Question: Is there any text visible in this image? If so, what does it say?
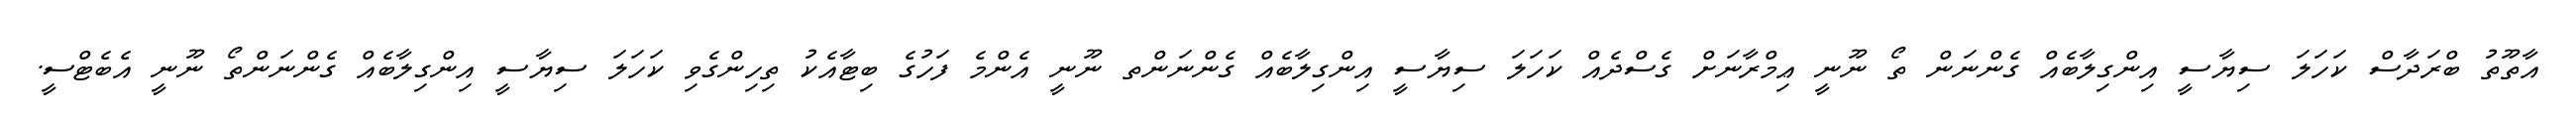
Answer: އާތޫތު ބްރަދާސް ކަހަލަ ސިޔާސީ އިންގިލާބެއް ގެންނަން ތޯ ނޫނީ ޢިމްރާނަށް ގެސްދެއް ކަހަލަ ސިޔާސީ އިންގިލާބެއް ގެންނަންތ ނޫނީ އެންމެ ފަހުގެ ބިޓާއެކު ތިހިންގެވި ކަހަލަ ސިޔާސީ އިންގިލާބެއް ގެންނަންތޯ ނޫނީ އެބެޓްސީ.